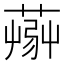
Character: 𦸹